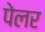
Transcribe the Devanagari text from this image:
पेलर